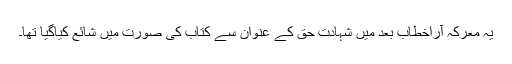
یہ معرکہ آراخطاب بعد میں شہادت حق کے عنوان سے کتاب کی صورت میں شائع کیاگیا تھا۔